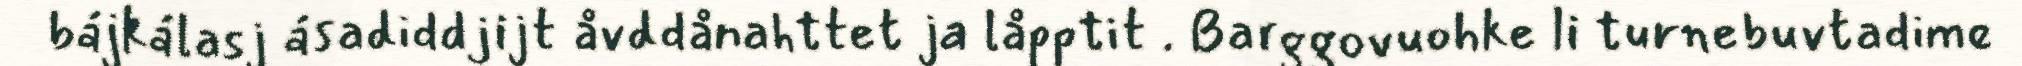
bájkálasj ásadiddjijt åvddånahttet ja låpptit . Barggovuohke li turnebuvtadime